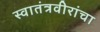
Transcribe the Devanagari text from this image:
स्वातंत्रवीरांचा